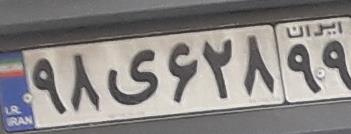
۹۸ی۶۲۸۹۹